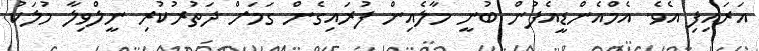
އަރައިފި އެވެ. އެމްއެންޑީއެފުން ބުނީ މާލެއިން ފުރައިގެން ގަމަށް ދަތުރުކުރި ނީލްވިލާ މުލަކު